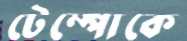
টেম্পোকে